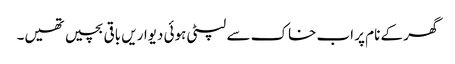
گھر کے نام پر اب خاک سے لپٹی ہوئی دیواریں باقی بچیں تھیں۔